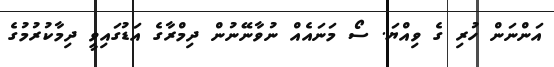
އަންނަން ހުރި ގެ ވިއްޔަ. ސޯ މަނައެއް ނުވާނޭނުން ދިމްރާގެ އަޑުގައިވީ ދިމާކުރުމުގެ